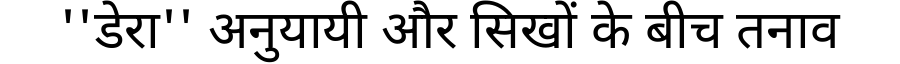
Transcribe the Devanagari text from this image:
''डेरा'' अनुयायी और सिखों के बीच तनाव